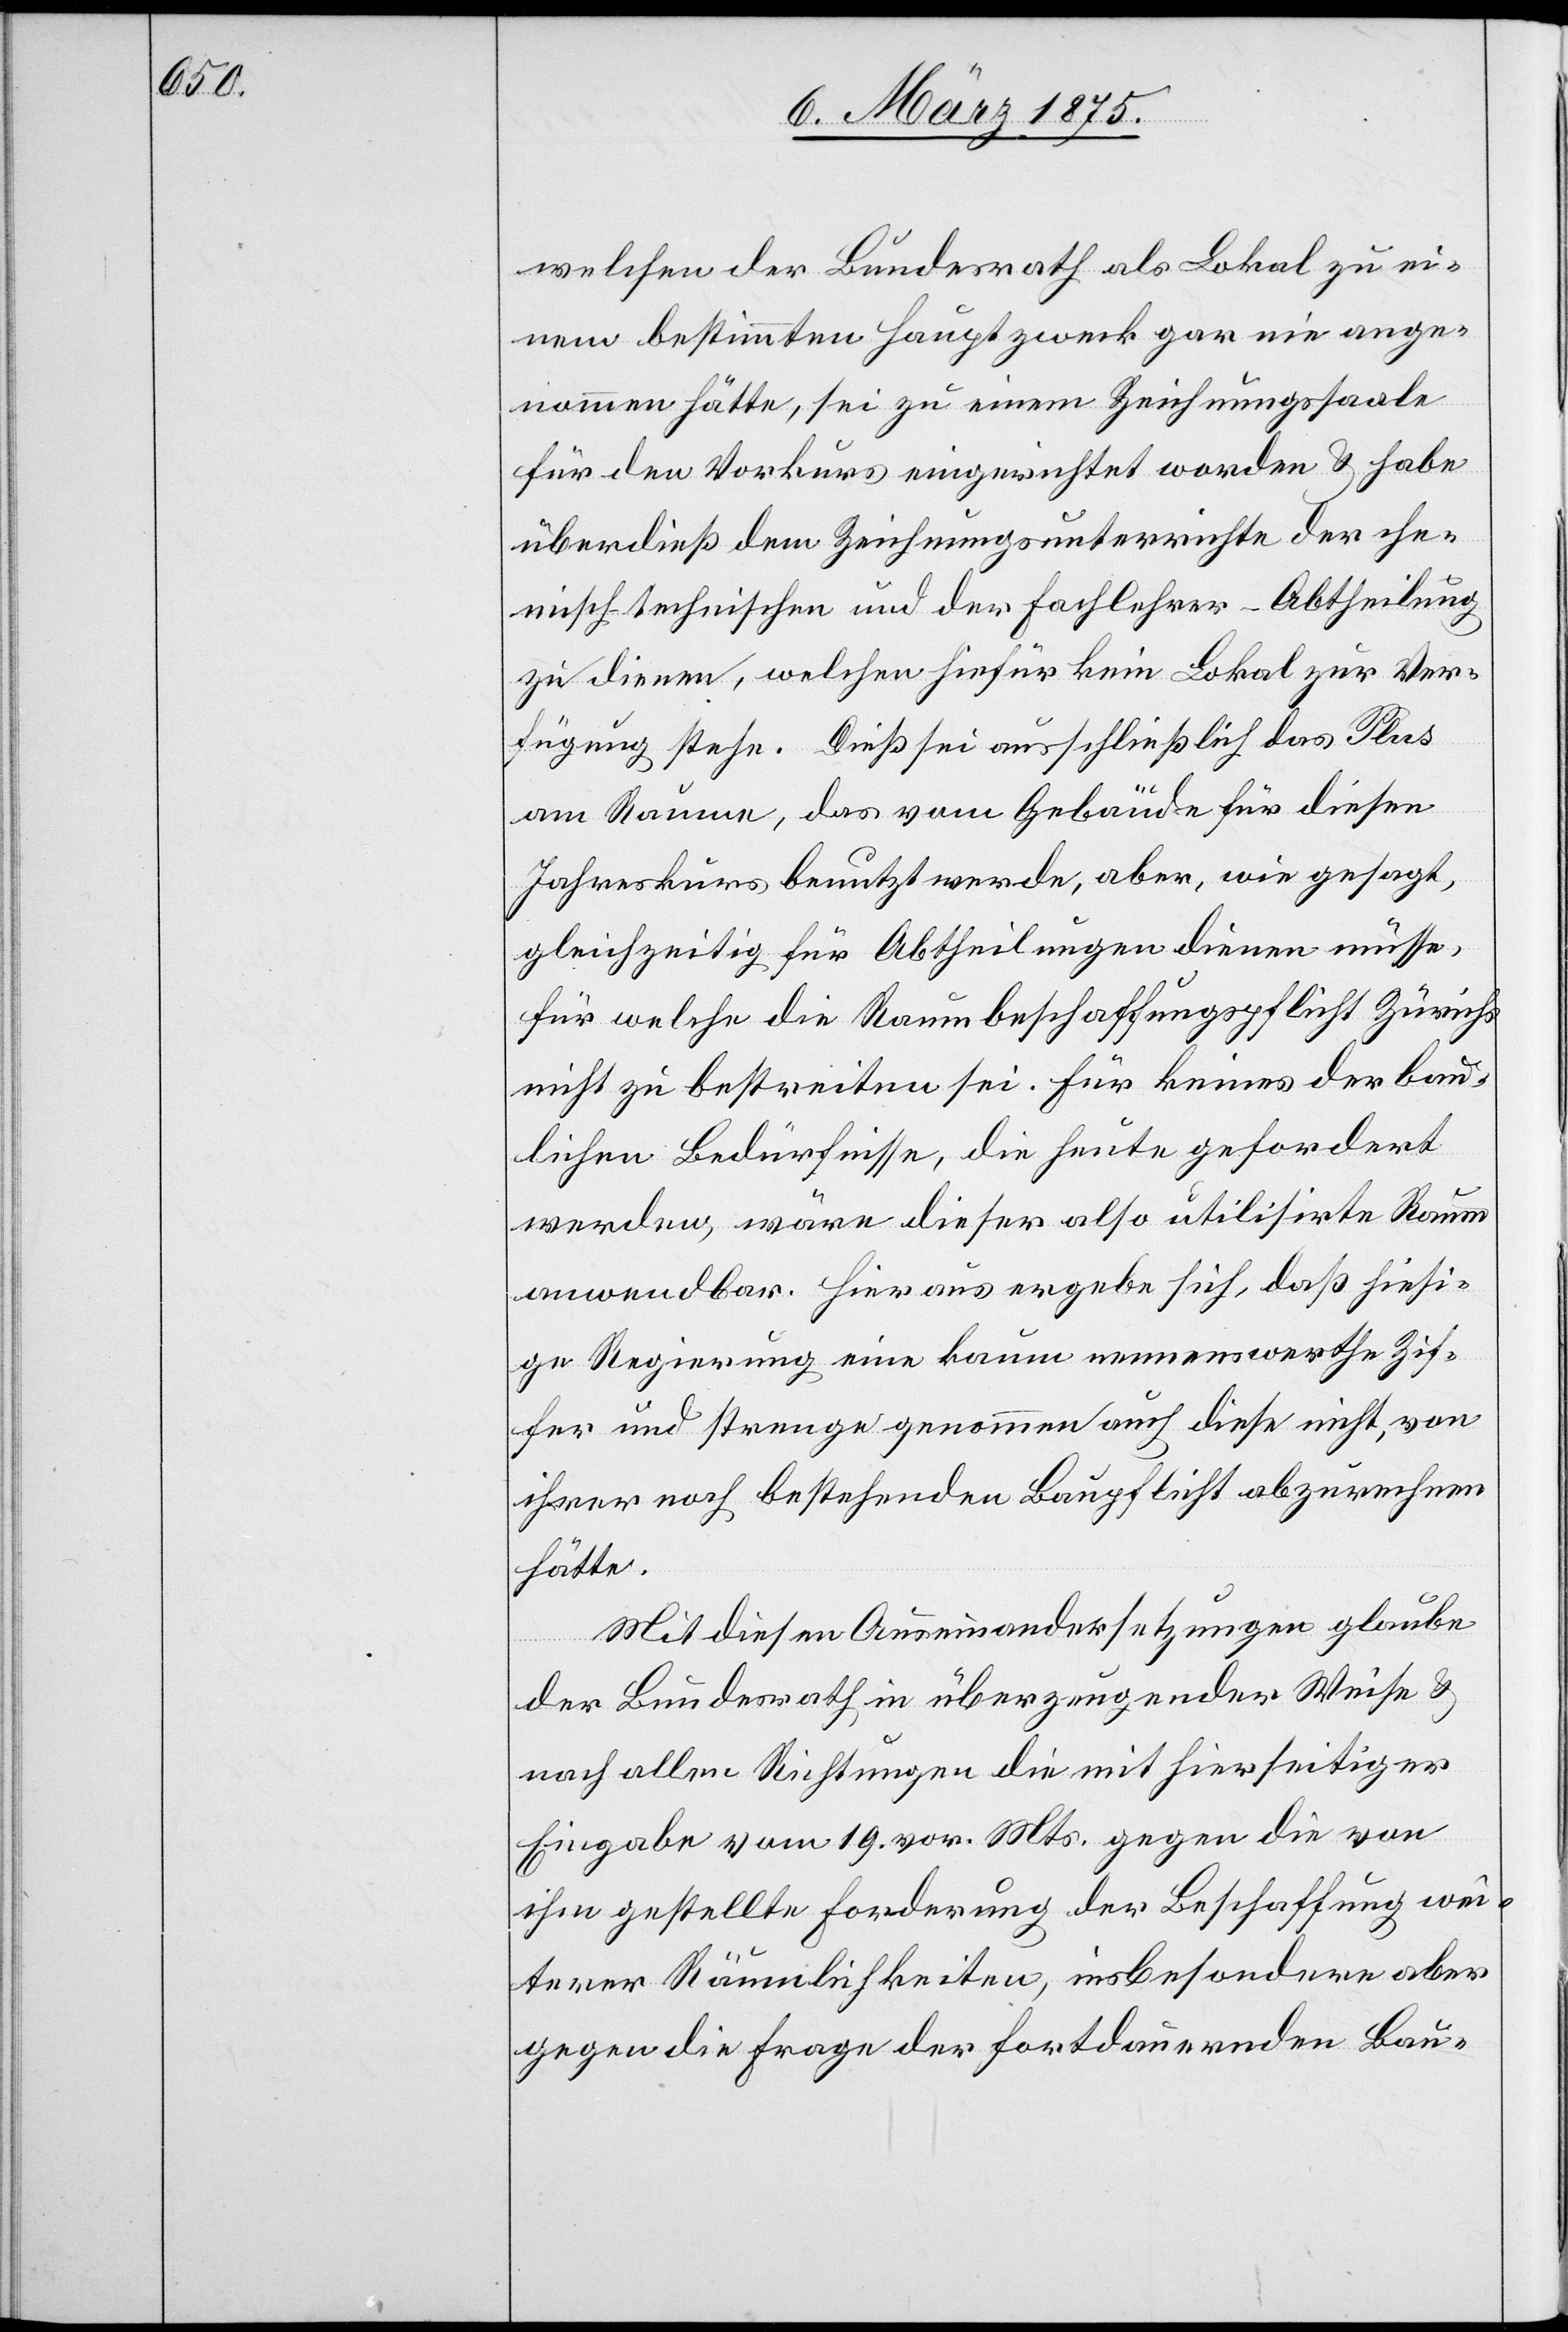
welchen der Bundesrath als Lokal zu ei¬
nem bestimmten Hauptzweck gar nie ange¬
nommen hätte, die zu einem Zeichnungsaale
für den Vorkurs eingerichtet worden & habe
überdieß dem Zeichnungsunterrichte der che¬
misch technischen und der Fachlehrer-Abtheilung
zu dienen, welchen hiefür kein Lokal zur Ver¬
fügung stehe. Dieß sei ausschließlich das Plus
am Raume, das vom Gebäude für diesen
Jahreskurs benutzt werde, aber, wie gesagt,
gleichzeitig für Abtheilungen dienen müsse,
für welche die Raumbeschaffungspflicht Zürichs
nicht zu bestreiten sei. Für keines der bau¬
lichen Bedürfnisse, die heute gefordert
werden, wäre dieser also utilisirte Raum
anwendbar. Hieraus ergebe sich, daß hiesi¬
ge Regierung eine kaum nennenswerthe Zif¬
fer und strenge genommen auch diese nicht, von
ihrer noch bestehenden Baupflicht abzurechnen
hätte.
Mit diesen Auseinandersetzungen glaube
der Bundesrath in überzeugender Weise &
nach allen Richtungen die mit hierseitiger
Eingabe vom 19. vor. Mts. gegen die von
ihm gestellte Forderung der Beschaffung vo¬
n Räumlichkeiten, insbesondere aber
gegen die Frage der fortdämmernden Bau-